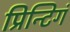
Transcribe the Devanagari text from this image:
प्रिन्टिगं